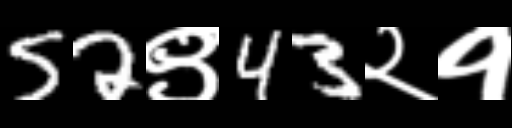
Text: 52९43२१